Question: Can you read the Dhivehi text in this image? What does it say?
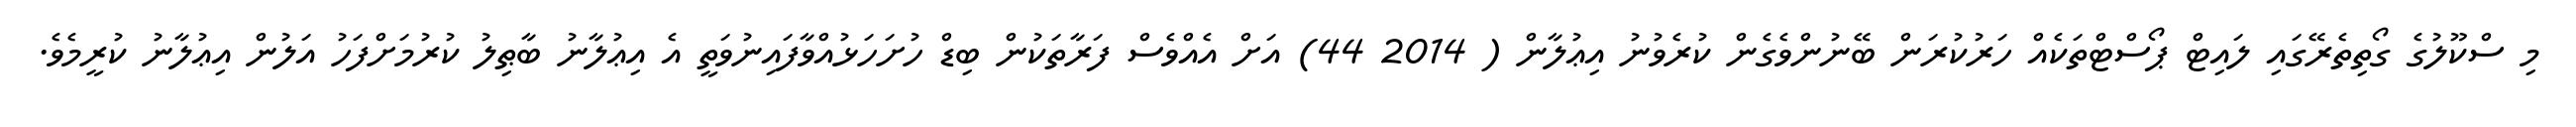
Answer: މި ސްކޫލުގެ ގޯތިތެރޭގައި ލައިޓް ޕޯސްޓްތަކެއް ހަރުކުރަން ބޭނުންވެގެން ކުރެވުނު އިޢުލާން ( 2014 44) އަށް އެއްވެސް ފަރާތަކުން ބިޑް ހުށަހަޅުއްވާފައިނުވަތީ އެ އިޢުލާނު ބާޠިލު ކުރުމަށްފަހު އަލުން އިޢުލާނު ކުރީމެވެ.